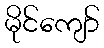
မိုင်ကျော်